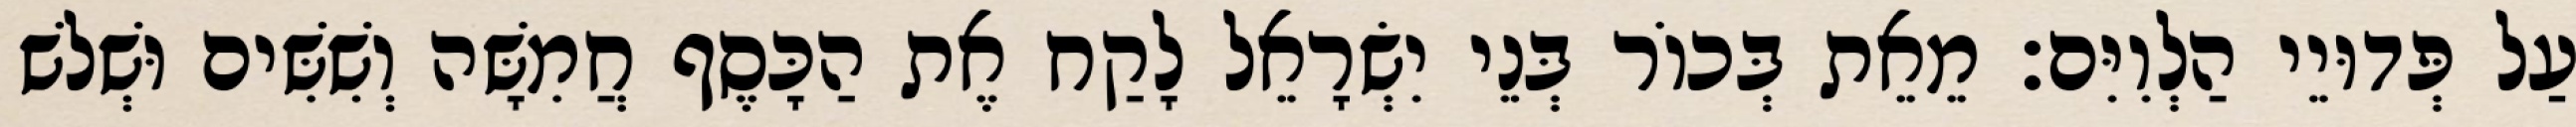
עַל פְּדוּיֵי הַלְוִיִּם׃ מֵאֵת בְּכוֹר בְּנֵי יִשְׂרָאֵל לָקַח אֶת הַכָּסֶף חֲמִשָּׁה וְשִׁשִּׁים וּשְׁלשׁ